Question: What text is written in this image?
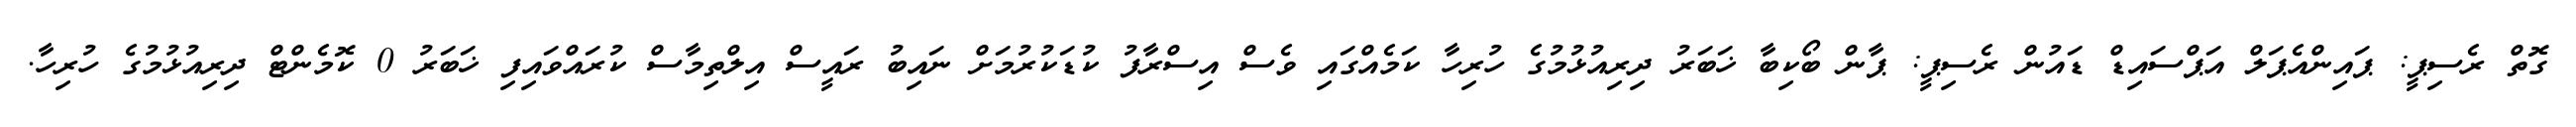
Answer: ގޮތް ރެސިޕީ: ޕައިންއެޕަލް އަޕްސައިޑް ޑައުން ރެސިޕީ: ޕާން ބޯކިބާ ޚަބަރު ދިރިއުޅުމުގެ ހުރިހާ ކަމެއްގައި ވެސް އިސްރާފު ކުޑަކުރުމަށް ނައިބު ރައީސް އިލްތިމާސް ކުރައްވައިފި ޚަބަރު 0 ކޮމެންޓް ދިރިއުޅުމުގެ ހުރިހާ.